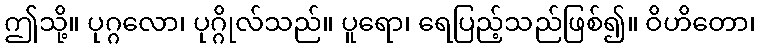
ဤသို့။ ပုဂ္ဂလော၊ ပုဂ္ဂိုလ်သည်။ ပူရော၊ ရေပြည့်သည်ဖြစ်၍။ ဝိဟိတော၊